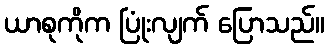
ယာစုကိုက ပြုံးလျက် ပြောသည်။